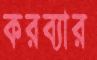
করব্যার